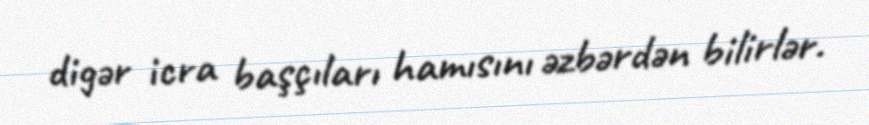
digər icra başçıları hamısını əzbərdən bilirlər.